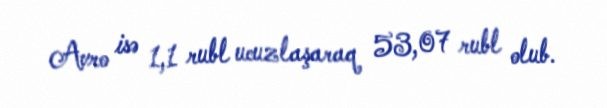
Avro isə 1,1 rubl ucuzlaşaraq 53,07 rubl olub.